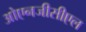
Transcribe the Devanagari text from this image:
ओएनजीसीएल